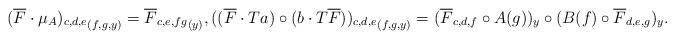
LaTeX: \begin{align*}{(\overline{F} \cdot \mu_A)_{c, d, e}}_{(f, g, y)} = {\overline{F}_{c, e, fg}}_{(y)}, {((\overline{F} \cdot Ta) \circ (b \cdot T\overline{F}))_{c, d, e}}_{(f, g, y)} = (\overline{F}_{c, d, f} \circ A(g))_y \circ (B(f) \circ \overline{F}_{d, e, g})_y.\end{align*}